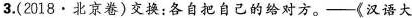
3.(2018·北京卷)交换：各自把自己的给对方。-《汉语大